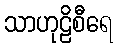
သာဟုဠိစီရေ